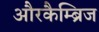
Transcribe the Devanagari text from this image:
औरकैम्ब्रिज